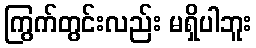
ကြွက်တွင်းလည်း မရှိပါဘူး